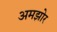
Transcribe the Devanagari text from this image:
अमझोर